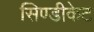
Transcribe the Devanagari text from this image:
सिण्डीकेट